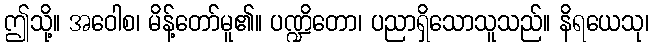
ဤသို့။ အဝေါစ၊ မိန့်တော်မူ၏။ ပဏ္ဍိတော၊ ပညာရှိသောသူသည်။ နိရယေသု၊